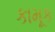
કામૂક